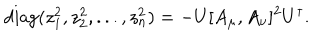
LaTeX: \mathrm { d i a g } ( z _ { 1 } ^ { 2 } , z _ { 2 } ^ { 2 } , . . . , z _ { n } ^ { 2 } ) = - U [ A _ { \mu } , A _ { \nu } ] ^ { 2 } U ^ { \dagger } .